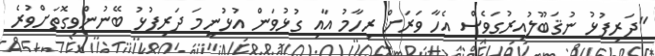
"ދަރިފުޅު ނުޤަބޫލުއިރުގަވެސް އެހާ ވަރަށް ރިހާމު އާއި ގުޅުވަން އުޅުނީމަ ދަރިފުޅު ބޭނުންވިގޮތަށްވުރެ